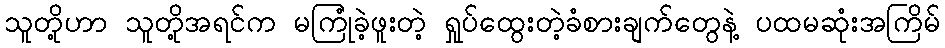
သူတို့ဟာ သူတို့အရင်က မကြုံခဲ့ဖူးတဲ့ ရှုပ်ထွေးတဲ့ခံစားချက်တွေနဲ့ ပထမဆုံးအကြိမ်